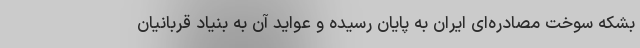
بشکه سوخت مصادره‌ای ایران به پایان رسیده و عواید آن به بنیاد قربانیان